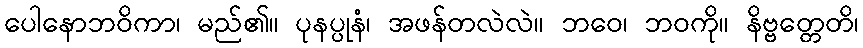
ပေါနောဘဝိကာ၊ မည်၏။ ပုနပ္ပုနံ၊ အဖန်တလဲလဲ။ ဘဝေ၊ ဘဝကို။ နိဗ္ဗတ္တေတိ၊